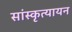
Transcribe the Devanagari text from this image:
सांस्कृत्यायन